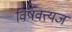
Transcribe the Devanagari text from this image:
विषवत्त्यज